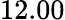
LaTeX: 12.00